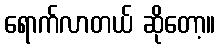
ရောက်လာတယ် ဆိုတော့။